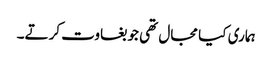
ہماری کیا مجال تھی جو بغاوت کرتے۔